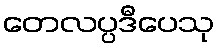
တေလပ္ပဒီပေသု